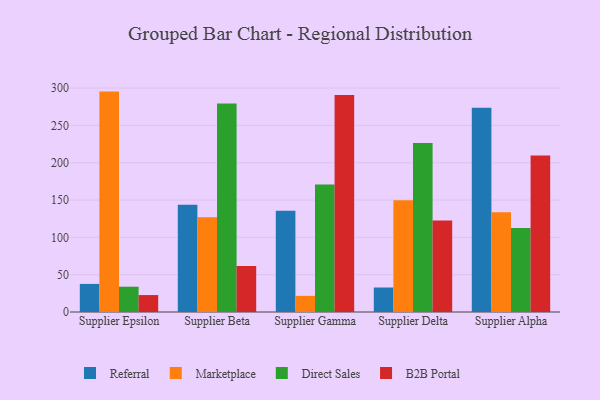
{"axis": {"x": "Supplier", "y": "Market Share (%)"}, "legend": ["B2B Portal", "Direct Sales", "Marketplace", "Referral"], "data": [{"x": "Supplier Epsilon", "y": 37.6, "type": "Referral"}, {"x": "Supplier Epsilon", "y": 295.3, "type": "Marketplace"}, {"x": "Supplier Epsilon", "y": 33.9, "type": "Direct Sales"}, {"x": "Supplier Epsilon", "y": 22.7, "type": "B2B Portal"}, {"x": "Supplier Beta", "y": 143.8, "type": "Referral"}, {"x": "Supplier Beta", "y": 127.1, "type": "Marketplace"}, {"x": "Supplier Beta", "y": 279.4, "type": "Direct Sales"}, {"x": "Supplier Beta", "y": 61.5, "type": "B2B Portal"}, {"x": "Supplier Gamma", "y": 135.8, "type": "Referral"}, {"x": "Supplier Gamma", "y": 21.6, "type": "Marketplace"}, {"x": "Supplier Gamma", "y": 170.7, "type": "Direct Sales"}, {"x": "Supplier Gamma", "y": 290.9, "type": "B2B Portal"}, {"x": "Supplier Delta", "y": 32.8, "type": "Referral"}, {"x": "Supplier Delta", "y": 149.7, "type": "Marketplace"}, {"x": "Supplier Delta", "y": 226.4, "type": "Direct Sales"}, {"x": "Supplier Delta", "y": 122.5, "type": "B2B Portal"}, {"x": "Supplier Alpha", "y": 273.7, "type": "Referral"}, {"x": "Supplier Alpha", "y": 133.6, "type": "Marketplace"}, {"x": "Supplier Alpha", "y": 112.5, "type": "Direct Sales"}, {"x": "Supplier Alpha", "y": 209.7, "type": "B2B Portal"}]}